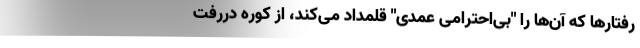
رفتارها که آن‌ها را "بی‌احترامی عمدی" قلمداد می‌کند، از کوره دررفت